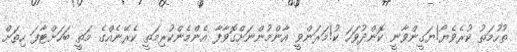
ތުހުމަތު ކުރެވެޔޯ!ޔަގީންވާނީ ކޮންދުވަހަ ކު!މަރަންވީ އާންމުންނަށްގޮވާފާ އެންމެންކުރިމަތީ ކެރޭނެއްގެ މަތީ ބަހަށްޓާފަ ހިތަށް